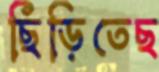
ছিঁড়িতেছ